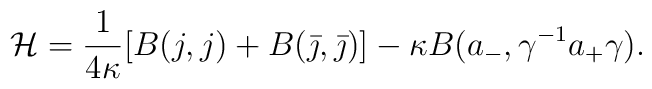
\mathcal H = \frac{1}{4 \kappa}[B(j, j) + B(\bar \jmath, \bar \jmath)] - \kappa B(a_-, \gamma^{-1} a_+ \gamma).